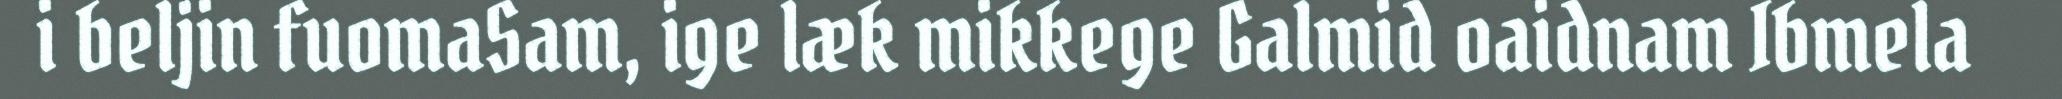
i beljin fuomaSam, ige læk mikkege Galmid oaidnam Ibmela